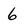
Character: 6